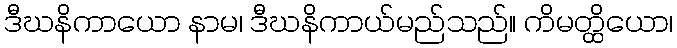
ဒီဃနိကာယော နာမ၊ ဒီဃနိကာယ်မည်သည်။ ကိမတ္ထိယော၊